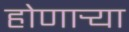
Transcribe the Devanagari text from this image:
होणार्‍या